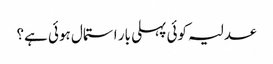
عدلیہ کوئی پہلی بار استمال ہوئی ہے؟